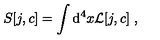
S [ j , c ] = \int \mathrm { d } ^ { 4 } x { \cal L } [ j , c ] \ ,